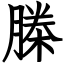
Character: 榺